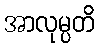
အာလုမ္ပတိ